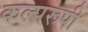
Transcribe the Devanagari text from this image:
कल्परूपी